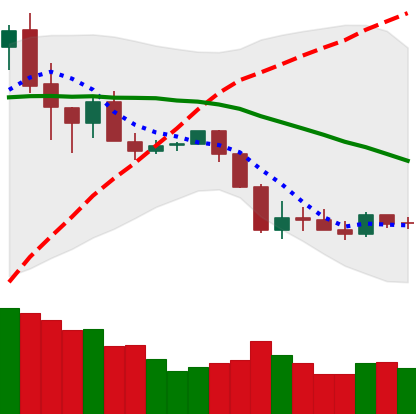
Ticker: XRP-USD
Chart end date: 2020-03-04
Forward return: -10.808%
Label: down_7plus